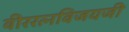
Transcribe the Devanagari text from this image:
वीररत्नविजयजी